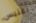
آغنيس